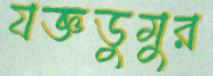
যজ্ঞডুমুর